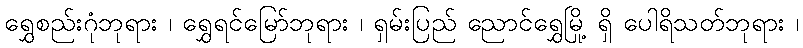
ရွှေစည်းဂုံဘုရား ၊ ရွှေရင်မြော်ဘုရား ၊ ရှမ်းပြည် ညောင်ရွှေမြို့ ရှိ ပေါရိသတ်ဘုရား ၊